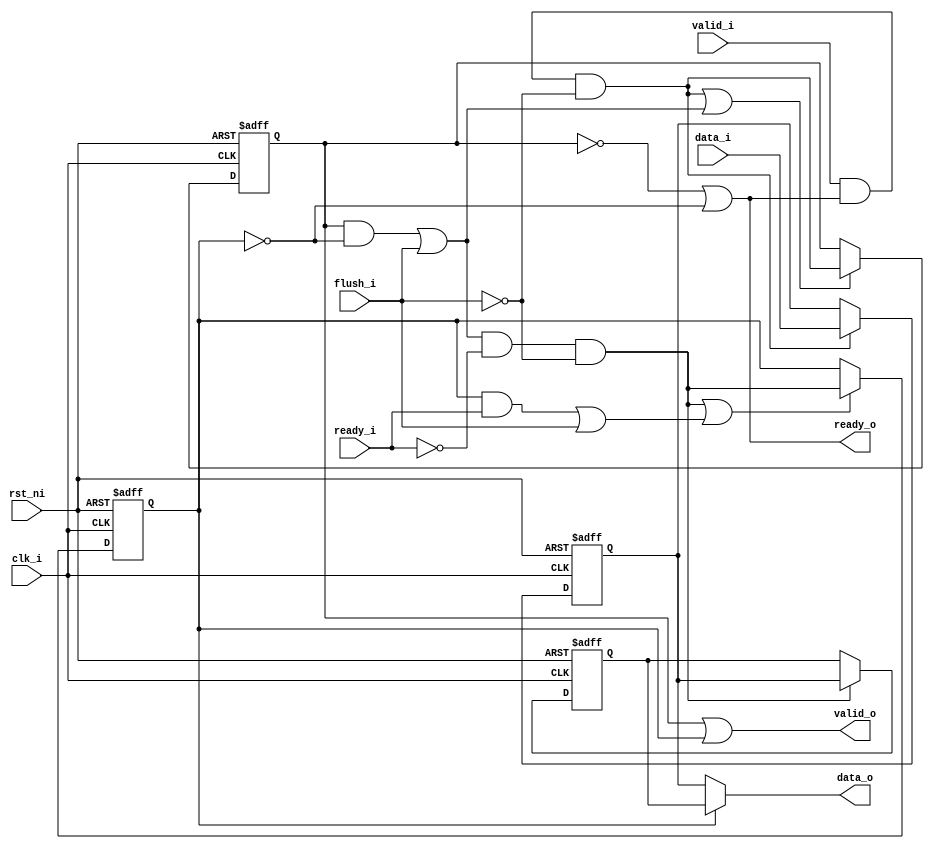
module spill_register_flushable_C4179 (
	clk_i,
	rst_ni,
	valid_i,
	flush_i,
	ready_o,
	data_i,
	valid_o,
	ready_i,
	data_o
);
	parameter [0:0] Bypass = 1'b0;
	input wire clk_i;
	input wire rst_ni;
	input wire valid_i;
	input wire flush_i;
	output wire ready_o;
	input wire data_i;
	output wire valid_o;
	input wire ready_i;
	output wire data_o;
	generate
		if (Bypass) begin : gen_bypass
			assign valid_o = valid_i;
			assign ready_o = ready_i;
			assign data_o = data_i;
		end
		else begin : gen_spill_reg
			reg a_data_q;
			reg a_full_q;
			wire a_fill;
			wire a_drain;
			always @(posedge clk_i or negedge rst_ni) begin : ps_a_data
				if (!rst_ni)
					a_data_q <= 1'sb0;
				else if (a_fill)
					a_data_q <= data_i;
			end
			always @(posedge clk_i or negedge rst_ni) begin : ps_a_full
				if (!rst_ni)
					a_full_q <= 0;
				else if (a_fill || a_drain)
					a_full_q <= a_fill;
			end
			reg b_data_q;
			reg b_full_q;
			wire b_fill;
			wire b_drain;
			always @(posedge clk_i or negedge rst_ni) begin : ps_b_data
				if (!rst_ni)
					b_data_q <= 1'sb0;
				else if (b_fill)
					b_data_q <= a_data_q;
			end
			always @(posedge clk_i or negedge rst_ni) begin : ps_b_full
				if (!rst_ni)
					b_full_q <= 0;
				else if (b_fill || b_drain)
					b_full_q <= b_fill;
			end
			assign a_fill = (valid_i && ready_o) && !flush_i;
			assign a_drain = (a_full_q && !b_full_q) || flush_i;
			assign b_fill = (a_drain && !ready_i) && !flush_i;
			assign b_drain = (b_full_q && ready_i) || flush_i;
			assign ready_o = !a_full_q || !b_full_q;
			assign valid_o = a_full_q | b_full_q;
			assign data_o = (b_full_q ? b_data_q : a_data_q);
		end
	endgenerate
endmodule
module spill_register_flushable_ECCE9_D4EC8 (
	clk_i,
	rst_ni,
	valid_i,
	flush_i,
	ready_o,
	data_i,
	valid_o,
	ready_i,
	data_o
);
	parameter [31:0] T_T_SelectWidth = 0;
	parameter [0:0] Bypass = 1'b0;
	input wire clk_i;
	input wire rst_ni;
	input wire valid_i;
	input wire flush_i;
	output wire ready_o;
	input wire [T_T_SelectWidth - 1:0] data_i;
	output wire valid_o;
	input wire ready_i;
	output wire [T_T_SelectWidth - 1:0] data_o;
	generate
		if (Bypass) begin : gen_bypass
			assign valid_o = valid_i;
			assign ready_o = ready_i;
			assign data_o = data_i;
		end
		else begin : gen_spill_reg
			reg [T_T_SelectWidth - 1:0] a_data_q;
			reg a_full_q;
			wire a_fill;
			wire a_drain;
			always @(posedge clk_i or negedge rst_ni) begin : ps_a_data
				if (!rst_ni)
					a_data_q <= 1'sb0;
				else if (a_fill)
					a_data_q <= data_i;
			end
			always @(posedge clk_i or negedge rst_ni) begin : ps_a_full
				if (!rst_ni)
					a_full_q <= 0;
				else if (a_fill || a_drain)
					a_full_q <= a_fill;
			end
			reg [T_T_SelectWidth - 1:0] b_data_q;
			reg b_full_q;
			wire b_fill;
			wire b_drain;
			always @(posedge clk_i or negedge rst_ni) begin : ps_b_data
				if (!rst_ni)
					b_data_q <= 1'sb0;
				else if (b_fill)
					b_data_q <= a_data_q;
			end
			always @(posedge clk_i or negedge rst_ni) begin : ps_b_full
				if (!rst_ni)
					b_full_q <= 0;
				else if (b_fill || b_drain)
					b_full_q <= b_fill;
			end
			assign a_fill = (valid_i && ready_o) && !flush_i;
			assign a_drain = (a_full_q && !b_full_q) || flush_i;
			assign b_fill = (a_drain && !ready_i) && !flush_i;
			assign b_drain = (b_full_q && ready_i) || flush_i;
			assign ready_o = !a_full_q || !b_full_q;
			assign valid_o = a_full_q | b_full_q;
			assign data_o = (b_full_q ? b_data_q : a_data_q);
		end
	endgenerate
endmodule